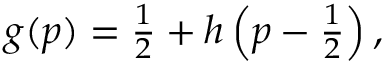
\begin{array} { r } { g ( p ) = \frac { 1 } { 2 } + h \left( p - \frac { 1 } { 2 } \right) , } \end{array}